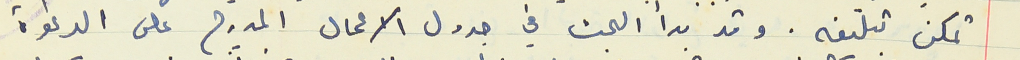
تمكن تبليغه. وقد بدأ البحث في جدول الاعمال المدرج على الدعوة